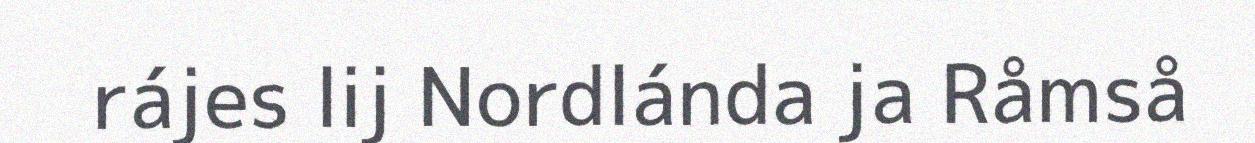
rájes lij Nordlánda ja Råmså